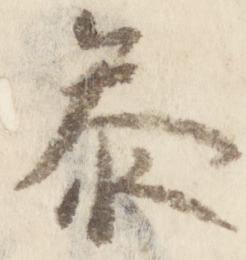
参